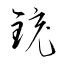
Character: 銃